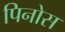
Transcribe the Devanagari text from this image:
पिनोस